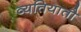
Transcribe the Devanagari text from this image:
व्यतियातौ